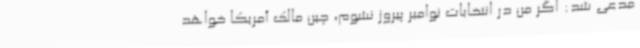
مدعی شد: اگر من در انتخابات نوامبر پیروز نشوم، چین مالک آمریکا خواهد